Scottish Certificate of Education, 1962
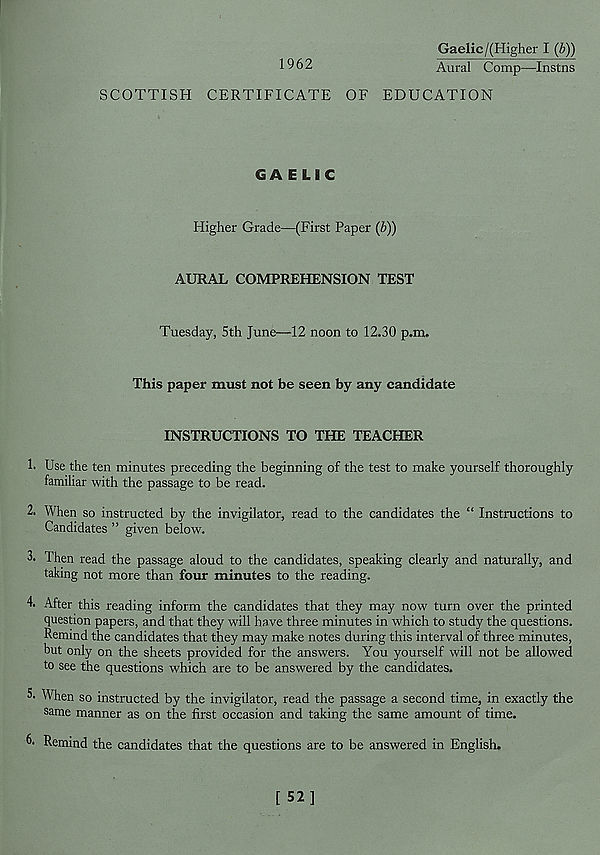
Gaelic/(Higher I (b))
1962
Aural Comp—Instns
SCOTTISH CERTIFICATE OF EDUCATION
GAELIC
Higher Grade—(First Paper (b))
AURAL COMPREHENSION TEST
Tuesday, 5th June—12 noon to 12.30 p.m.
This paper must not be seen by any candidate
INSTRUCTIONS TO THE TEACHER
1. Use the ten minutes preceding the beginning of the test to make yourself thoroughly
familiar with the passage to be read.
2. When so instructed by the invigilator, read to the candidates the “ Instructions to
Candidates ” given below.
3. Then read the passage aloud to the candidates, speaking clearly and naturally, and
taking not more than four minutes to the reading.
4. After this reading inform the candidates that they may now turn over the printed
question papers, and that they will have three minutes in which to study the questions.
Remind the candidates that they may make notes during this interval of three minutes,
but only on the sheets provided for the answers. You yourself will not be allowed
to see the questions which are to be answered by the candidates.
5- When so instructed by the invigilator, read the passage a second time, in exactly the
same manner as on the first occasion and taking the same amount of time.
6- Remind the candidates that the questions are to be answered in English.
[ 52]